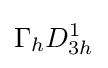
\Gamma _{h}D_{3h}^{1}